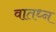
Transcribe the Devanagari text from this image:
वातध्न